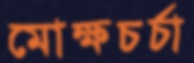
মোক্ষচর্চা